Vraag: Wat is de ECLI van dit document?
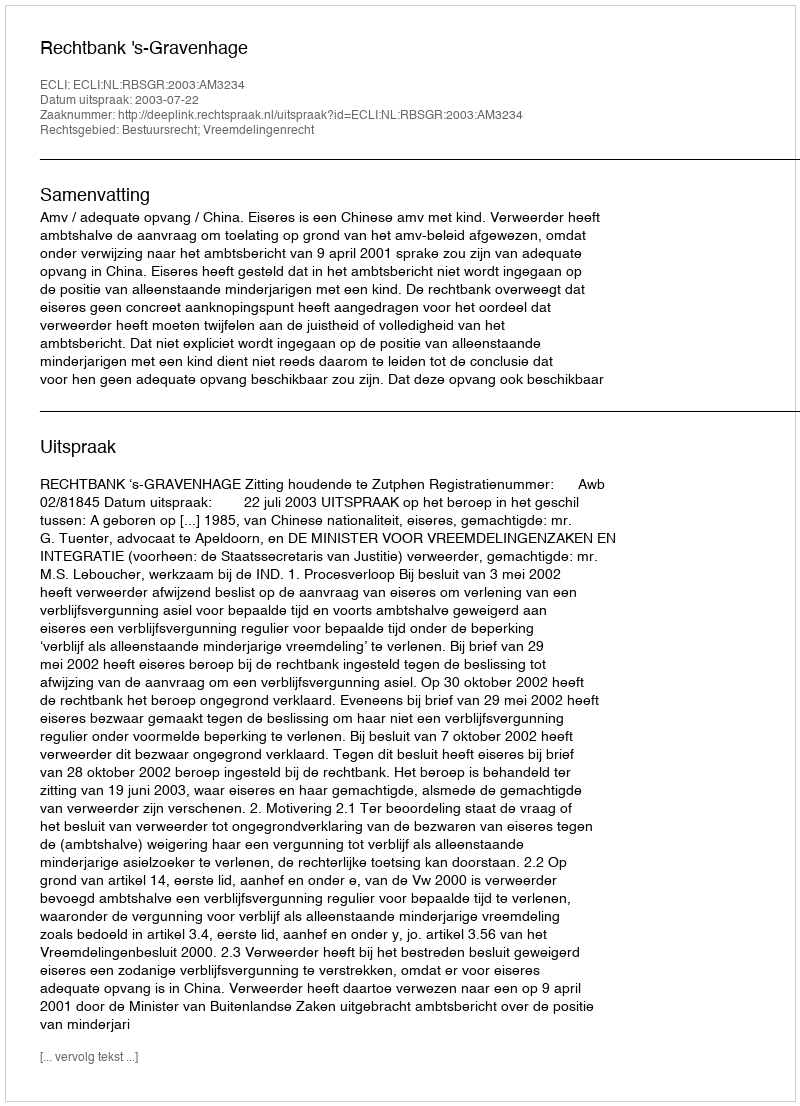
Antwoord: ECLI:NL:RBSGR:2003:AM3234